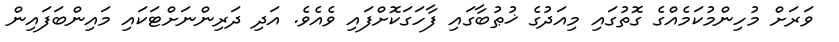
ވަރަށް މުހިންމުކަމެއްގެ ގޮތުގައި މިއަދުގެ ޚުޠުބާގައި ފާހަގަކޮށްފައި ވެއެވެ. އަދި ދަރިންނަށްޓަކައި މައިންބަފައިން